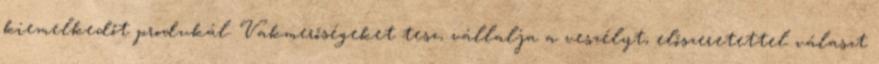
kiemelkedőt produkál. Vakmerőségeket tesz, vállalja a veszélyt, előszeretettel választ